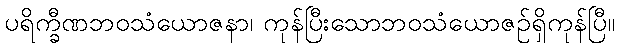
ပရိက္ခီဏဘဝသံယောဇနာ၊ ကုန်ပြီးသောဘဝသံယောဇဉ်ရှိကုန်ပြီ။